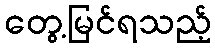
တွေ့မြင်ရသည့်